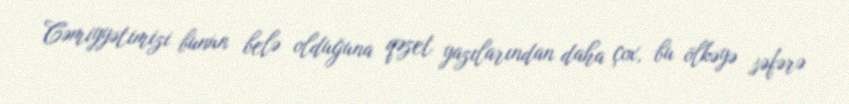
Cəmiyyətimizi bunun belə olduğuna qəzet yazılarından daha çox, bu ölkəyə səfərə